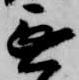
無